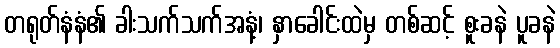
တရုတ်နံနံ၏ ခါးသက်သက်အနံ့၊ နှာခေါင်းထဲမှ တစ်ဆင့် စူးခနဲ ပူခနဲ